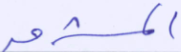
المشرق